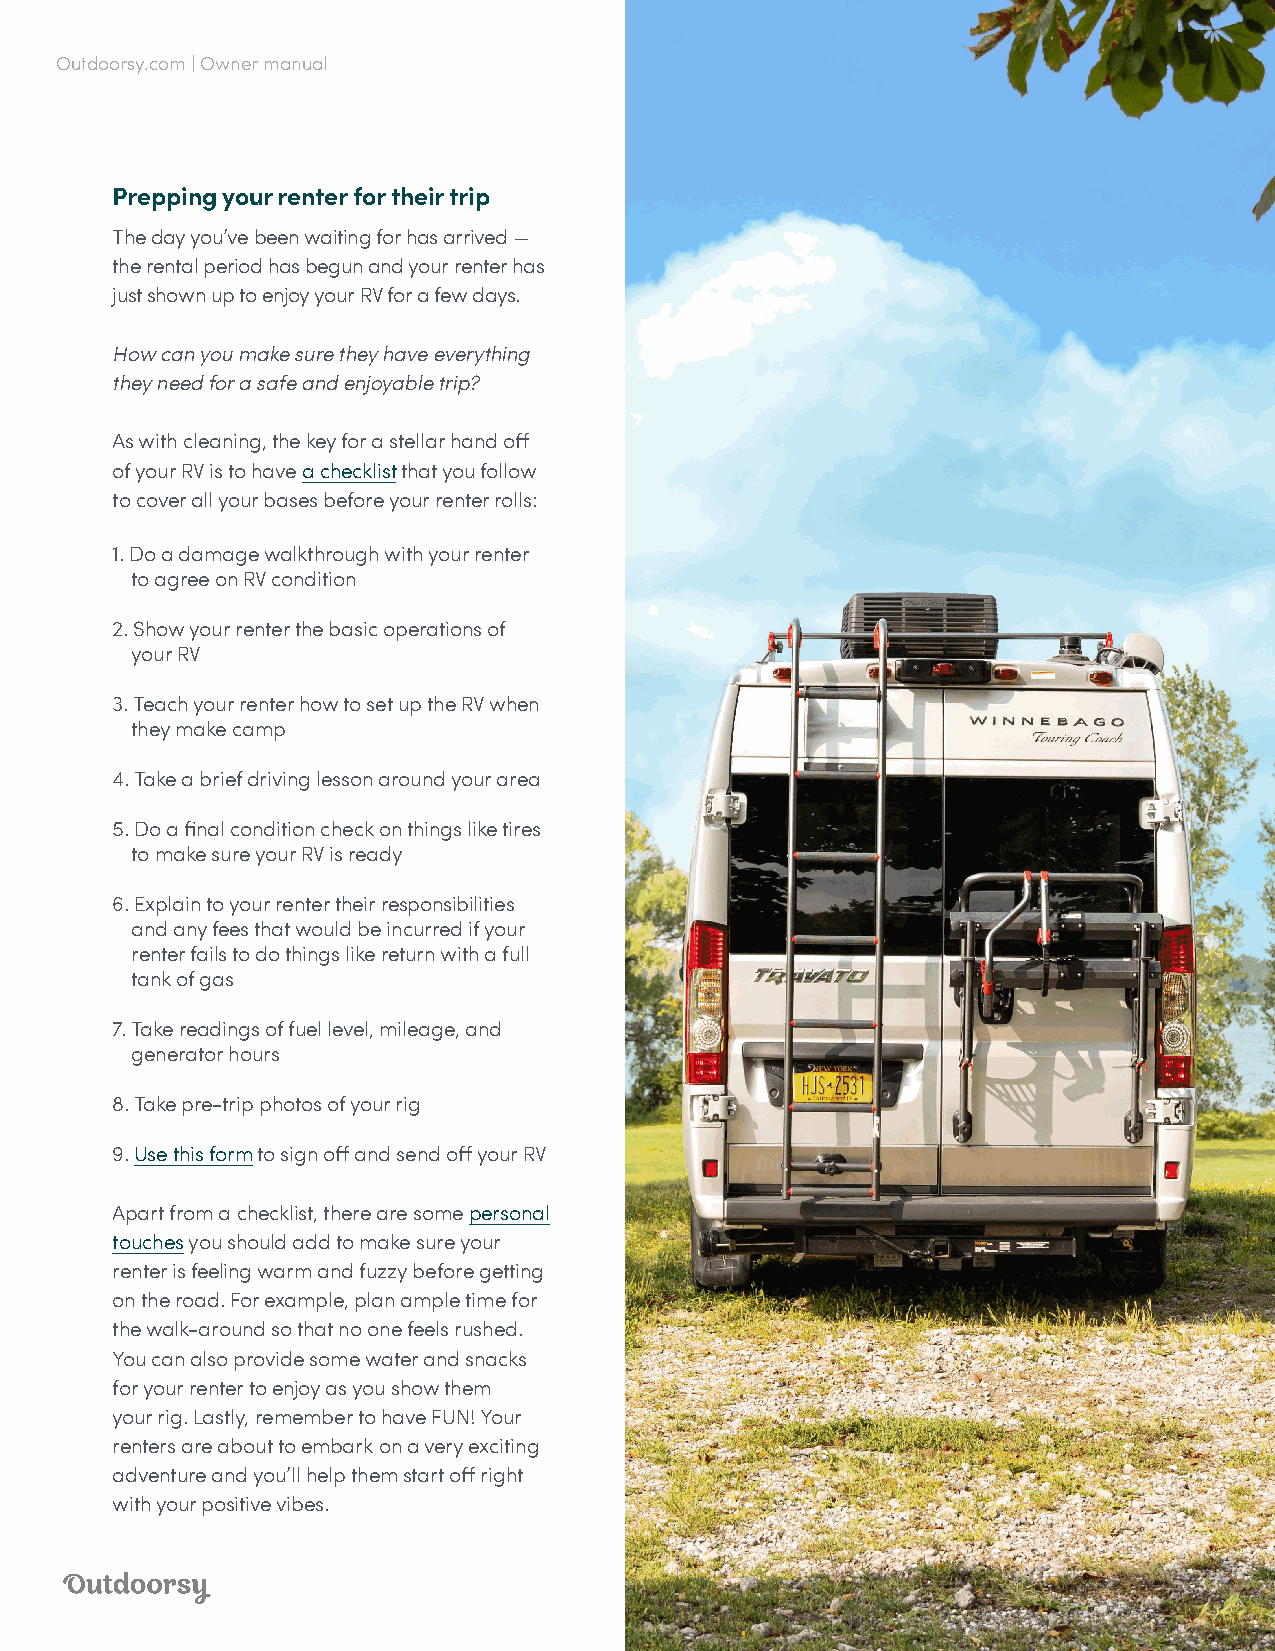
Outdoorsy.com | Owner manual
 Prepping your renter for their trip
 The day you’ve been waiting for has arrived —
 the rental period has begun and your renter has
 just shown up to enjoy your RV for a few days.
 How can you make sure they have everything
 they need for a safe and enjoyable trip?
 As with cleaning, the key for a stellar hand off
 of your RV is to have a checklist that you follow
 to cover all your bases before your renter rolls:
 1. Do a damage walkthrough with your renter
 to agree on RV condition
 2. Show your renter the basic operations of
 your RV
 3. Teach your renter how to set up the RV when
 they make camp
 4. Take a brief driving lesson around your area
 5. Do a final condition check on things like tires
 to make sure your RV is ready
 6. Explain to your renter their responsibilities
 and any fees that would be incurred if your
 renter fails to do things like return with a full
 tank of gas
 7. Take readings of fuel level, mileage, and
 generator hours
 8. Take pre-trip photos of your rig
 9. Use this form to sign off and send off your RV
 Apart from a checklist, there are some personal
 touches you should add to make sure your
 renter is feeling warm and fuzzy before getting
 on the road. For example, plan ample time for
 the walk-around so that no one feels rushed.
 You can also provide some water and snacks
 for your renter to enjoy as you show them
 your rig. Lastly, remember to have FUN! Your
 renters are about to embark on a very exciting
 adventure and you’ll help them start off right
 with your positive vibes.
 33